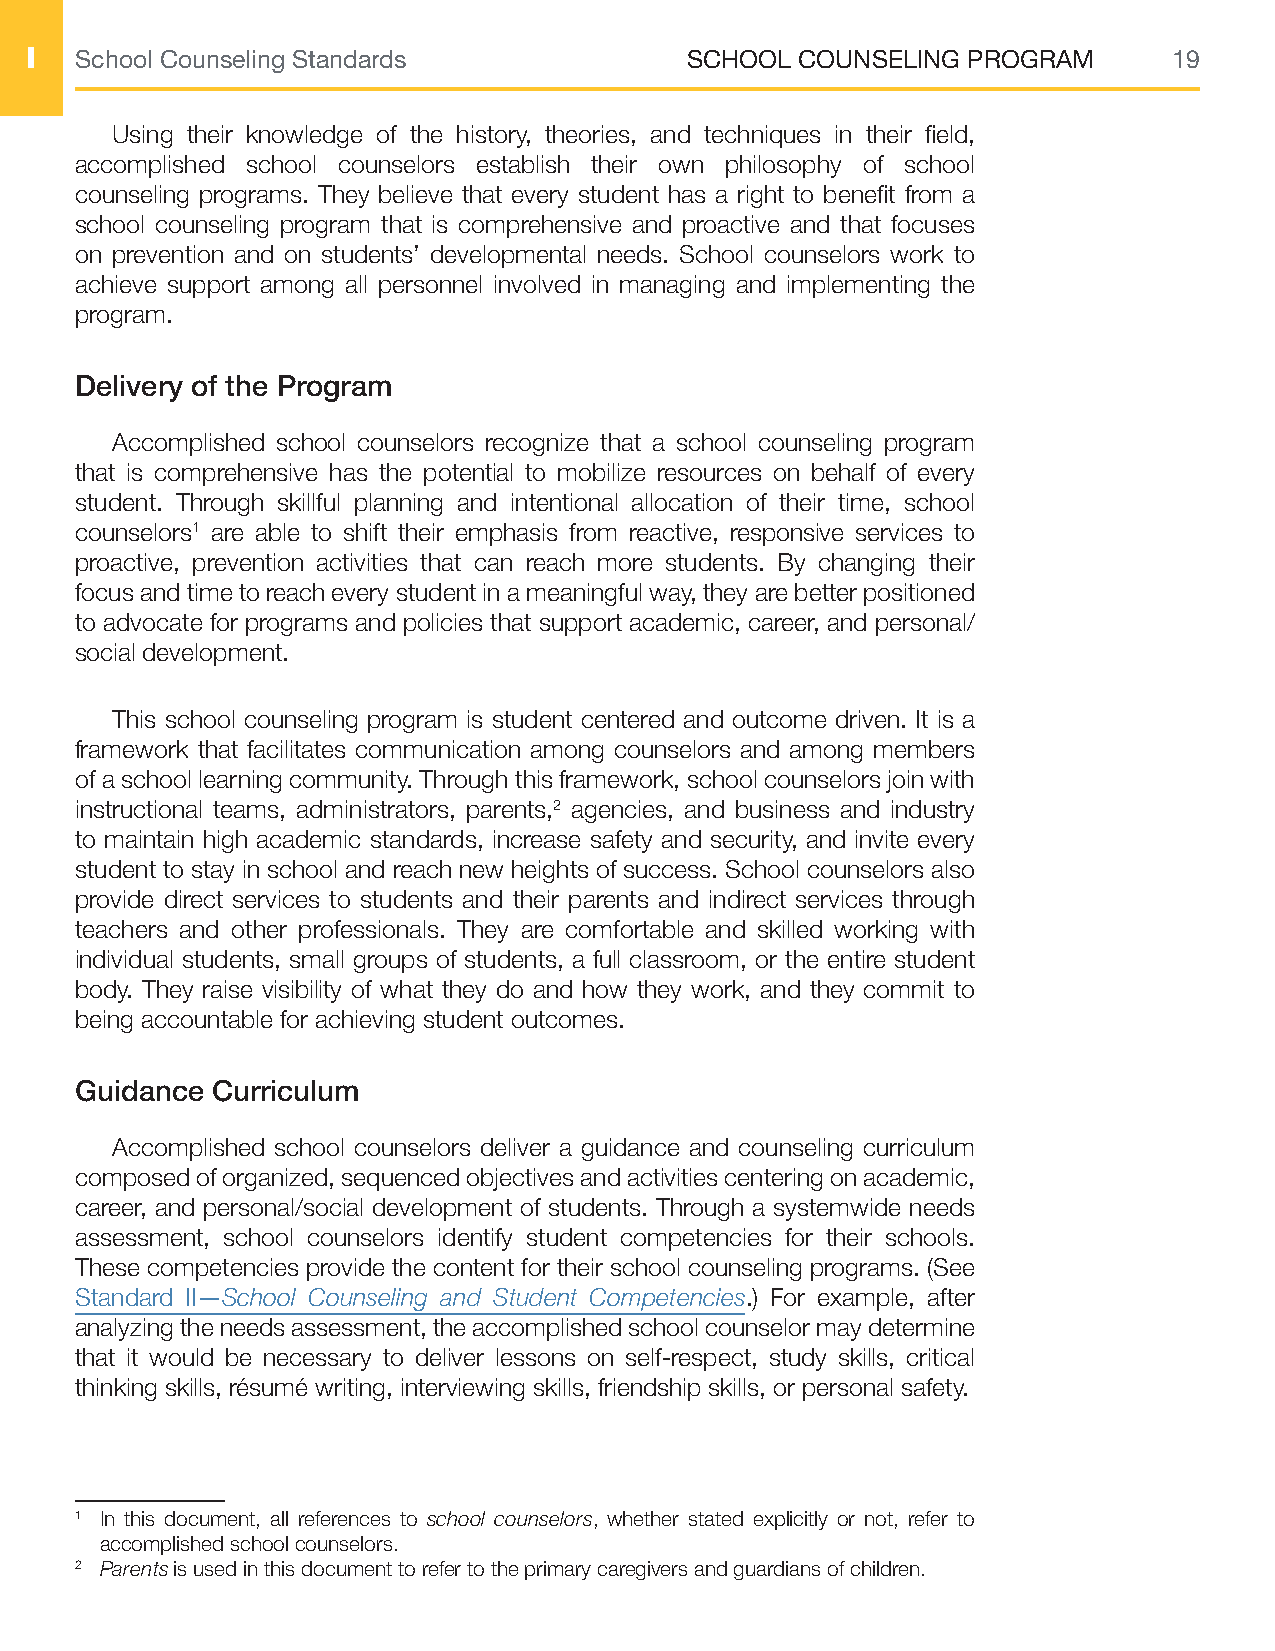
I  School Counseling Standards             SCHOOL  COUNSELING PROGRAM       19
 Using their knowledge of the history, theories, and techniques in their field,
 accomplished school counselors establish their own philosophy of school
 counseling programs. They believe that every student has a right to benefit from a
 school counseling program that is comprehensive and proactive and that focuses
 on prevention and on students’ developmental needs. School counselors work to
 achieve support among all personnel involved in managing and implementing the
 program.
 Delivery of the Program
 Accomplished school counselors recognize that a school counseling program
 that is comprehensive has the potential to mobilize resources on behalf of every
 student. Through skillful planning and intentional allocation of their time, school
 counselors1 are able to shift their emphasis from reactive, responsive services to
 proactive, prevention activities that can reach more students. By changing their
 focus and time to reach every student in a meaningful way, they are better positioned
 to advocate for programs and policies that support academic, career, and personal/
 social development.
 This school counseling program is student centered and outcome driven. It is a
 framework that facilitates communication among counselors and among members
 of a school learning community. Through this framework, school counselors join with
 instructional teams, administrators, parents,2 agencies, and business and industry
 to maintain high academic standards, increase safety and security, and invite every
 student to stay in school and reach new heights of success. School counselors also
 provide direct services to students and their parents and indirect services through
 teachers and other professionals. They are comfortable and skilled working with
 individual students, small groups of students, a full classroom, or the entire student
 body. They raise visibility of what they do and how they work, and they commit to
 being accountable for achieving student outcomes.
 Guidance Curriculum
 Accomplished school counselors deliver a guidance and counseling curriculum
 composed of organized, sequenced objectives and activities centering on academic,
 career, and personal/social development of students. Through a systemwide needs
 assessment, school counselors identify student competencies for their schools.
 These competencies provide the content for their school counseling programs. (See
 Standard II—School Counseling and Student Competencies.) For example, after
 analyzing the needs assessment, the accomplished school counselor may determine
 that it would be necessary to deliver lessons on self-respect, study skills, critical
 thinking skills, résumé writing, interviewing skills, friendship skills, or personal safety.
 1 In this document, all references to school counselors, whether stated explicitly or not, refer to
 accomplished school counselors.
 2 Parents is used in this document to refer to the primary caregivers and guardians of children.